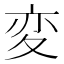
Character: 変